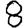
Digit: 8